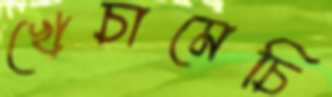
খেচামেচি